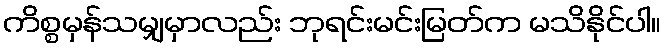
ကိစ္စမှန်သမျှမှာလည်း ဘုရင်းမင်းမြတ်က မသိနိုင်ပါ။